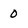
Character: 0